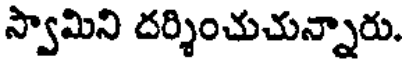
స్వామిని దర్శించుచున్నారు.